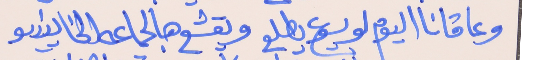
وعا قانا اليوم لو يسوع يطلع     ويقشع هالجماعه الخاينيىو